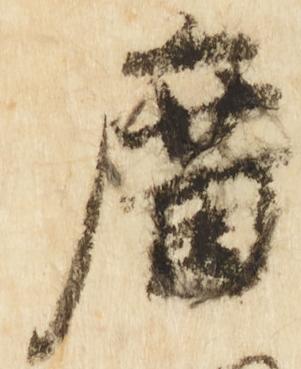
廂